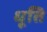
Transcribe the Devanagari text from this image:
धूति